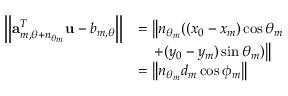
\begin{array} { r l } { \left\| \mathbf { a } _ { m , \theta + n _ { \theta _ { m } } } ^ { T } \mathbf { u } - b _ { m , \theta } \right\| } & { = \left\| n _ { \theta _ { m } } ( ( x _ { 0 } - x _ { m } ) \cos \theta _ { m } \right. } \\ & { ~ ~ ~ \left. + ( y _ { 0 } - y _ { m } ) \sin \theta _ { m } ) \right\| } \\ & { = \left\| n _ { \theta _ { m } } d _ { m } \cos \phi _ { m } \right\| } \end{array}